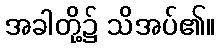
အခါတို့၌ သိအပ်၏။